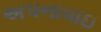
અપનાવાઇ